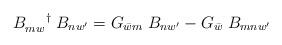
LaTeX: \begin{align*}B_{mw}^{\;\;\;\;\;\; \dagger} \; B_{nw^{\prime}} = G_{\bar{w}m}\; B_{nw^{\prime}} - G_{\bar{w}} \; B_{mnw^{\prime}} \end{align*}